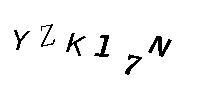
YZK17N